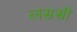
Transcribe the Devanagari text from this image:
लससी